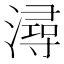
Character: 潯